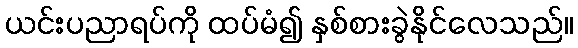
ယင်းပညာရပ်ကို ထပ်မံ၍ နှစ်စားခွဲနိုင်လေသည်။